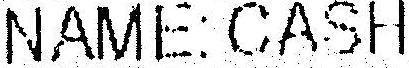
NAME: CASH